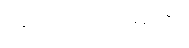
အလုပ်ဝင်ရမည်။